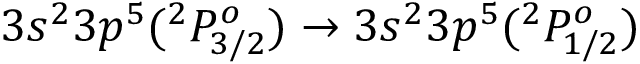
3 s ^ { 2 } 3 p ^ { 5 } ( ^ { 2 } P _ { 3 / 2 } ^ { o } ) \rightarrow 3 s ^ { 2 } 3 p ^ { 5 } ( ^ { 2 } P _ { 1 / 2 } ^ { o } )